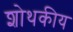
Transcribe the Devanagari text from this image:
शोथकीय